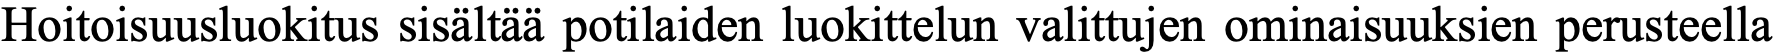
Hoitoisuusluokitus sisältää potilaiden luokittelun valittujen ominaisuuksien perusteella